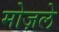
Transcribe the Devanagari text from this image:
मोज़ले